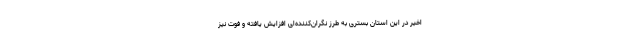
اخیر در این استان بستری به طرز نگران‌کننده‌ای افزایش یافته و فوت نیز